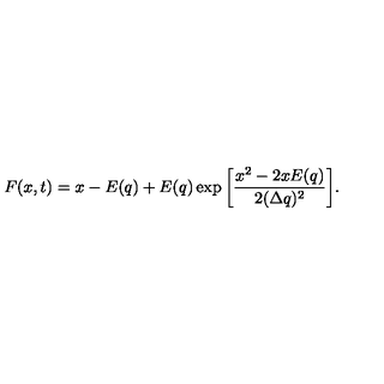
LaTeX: F ( x , t ) = x - E ( q ) + E ( q ) \exp { \left[ \frac { x ^ { 2 } - 2 x E ( q ) } { 2 ( \Delta q ) ^ { 2 } } \right] } .